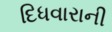
દિધવારાની